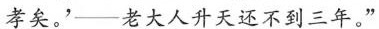
孝矣。’——老大人升天还不到三年。”